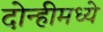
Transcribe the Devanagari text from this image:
दोन्हीमध्ये